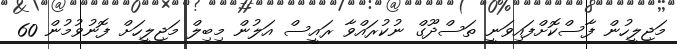
މަޖިލީހުން ފާސްކޮށްފައިވަނީ ތަސްދޫގް ނުކުރައްވާ ރައީސް އަލުން މިބިލް މަޖިލީހަށް ފޮނުވުމުން 60